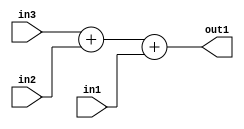
`timescale 1ps / 1ps
/*****************************************************************************
    Verilog RTL Description
    
    
    Created by: Stratus DpOpt 2019.1.01 
*******************************************************************************/

module GaussFilter_Add3u8u8u8_1 (
	in3,
	in2,
	in1,
	out1
	); /* architecture "behavioural" */ 
input [7:0] in3,
	in2,
	in1;
output [9:0] out1;
wire [9:0] asc001;

wire [9:0] asc001_tmp_0;
assign asc001_tmp_0 = 
	+(in3)
	+(in2);
assign asc001 = asc001_tmp_0
	+(in1);

assign out1 = asc001;
endmodule

/* CADENCE  ubj2Sgk= : u9/ySgnWtBlWxVPRXgAZ4Og= ** DO NOT EDIT THIS LINE ******/